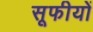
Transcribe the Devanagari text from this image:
सूफीयों